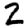
Digit: 2